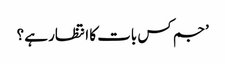
’جم کس بات کا انتظار ہے ؟